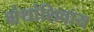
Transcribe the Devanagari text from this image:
ग्रंथांशिवाय